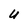
Character: U